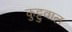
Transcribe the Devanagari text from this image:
कुट्टुवाल